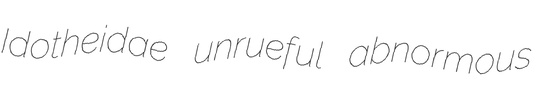
Idotheidae unrueful abnormous